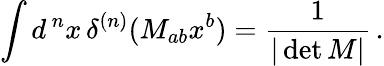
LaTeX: \int d^{\, n}x\, \delta^{(n)}(M_{ab}x^{b})={\frac{1}{|\operatorname*{det}M|}}\, .